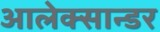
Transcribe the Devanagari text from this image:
आलेक्सान्डर